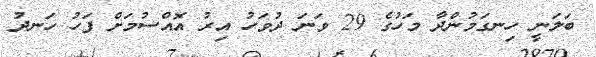
ބަލަނީ ހިނގަމުންދާ މަހުގެ 29 ވަނަ ދުވަހު އިރު އޮއްސުމަށް ފަހު ހަނދު